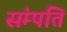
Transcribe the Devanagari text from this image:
संम्पति